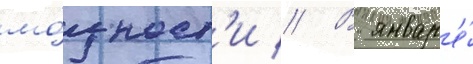
мо́щност'и // В январ'е́